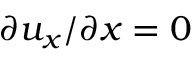
\partial u _ { x } / \partial x = 0